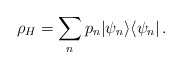
\begin{align*}\rho_{H}= \sum_{n}p_{n} |\psi_{n}\rangle \langle \psi_{n}|\, .\end{align*}